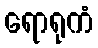
ရောရုကံ